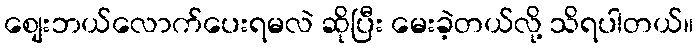
စျေးဘယ်လောက်ပေးရမလဲ ဆိုပြီး မေးခဲ့တယ်လို့ သိရပါတယ်။